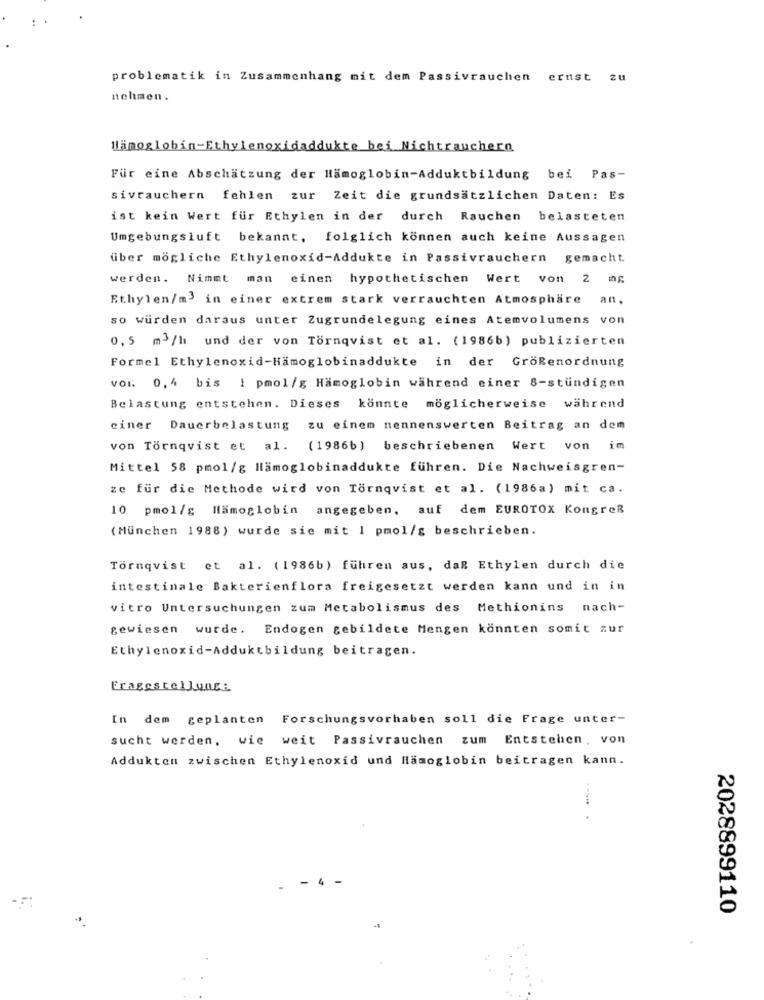
problematik in Zusammenhang mit dem Passivrauchen ernst zu
nehmen.
Hämoglobin-Ethylenoxidaddukte bei Nichtrauchern
Für eine Abschätzung der Hämoglobin-Adduktbildung bei Pas-
sivrauchern fehlen zur Zeit die grundsätzlichen Daten: Es
ist kein Wert für Ethylen in der durch Rauchen belasteten
Umgebungsluft bekannt, folglich können auch keine Aussagen
über mögliche Ethylenoxid-Addukte in Passivrauchern
gemacht.
werden. Nimmt man einen hypothetischen Wert von 2 mg
Ethylen/m3 in einer extrem stark verrauchten Atmosphäre an,
so würden daraus unter Zugrundelegung eines Atemvolumens von
0, 5 m3 /h und der von Törnqvist et al. (1986b) publizierten
Formel Ethylenoxid-Hämoglobinaddukte in der GröRenordnung
vor: 0,4 bis I pmol/g Hämoglobin während einer 8-stündigen
Belastung entstehen. Dieses könnte möglicherweise während
einer Dauerbelastung zu einem nennenswerten Beitrag an dem
von Törnqvist et al. (1986b) beschriebenen
Wert von im
Mittel 58 pmol/g Hämoglobinaddukte führen. Die Nachweisgren-
ze für die Methode wird von Törnqvist et al. (1986a) mit ca.
10 pmol/g Hämoglobin angegeben, auf dem EUROTOX KongreR
(Munchen 1988) wurde sie mit 1 pmol/g beschrieben.
Törnqvist et al. (1986b) führen aus, daß Ethylen durch die
intestinale Bakterienflora freigesetzt werden kann und in in
vitro Untersuchungen zum Metabolismus des Methionins nach-
gewiesen wurde. Endogen gebildete Mengen könnten somit zur
Ethylenoxid-Adduktbildung beitragen.
Fragestellung:
In dem geplanten
Forschungsvorhaben soll die Frage unter-
sucht werden, wie weit Passivrauchen zum Entstehen, von
Adduktem zwischen Ethylenoxid und Hämoglobin beitragen kann.
2028899110